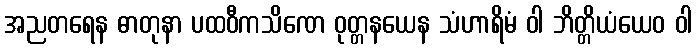
အညတရေန ဓာတုနာ ပထဝီကသိဏေ ဝုတ္တနယေန သံဟာရိမံ ဝါ ဘိတ္တိယံယေဝ ဝါ